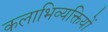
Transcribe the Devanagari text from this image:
कलाभिव्यक्तियों